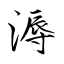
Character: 溽